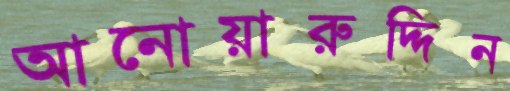
আনোয়ারুদ্দিন